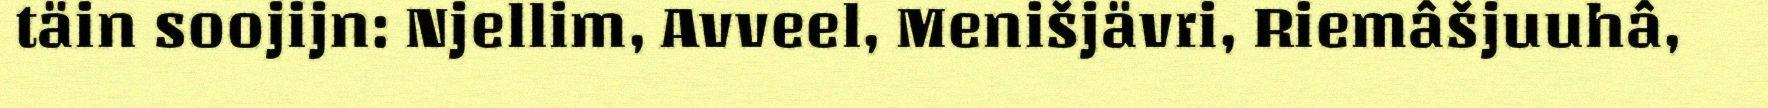
täin soojijn: Njellim, Avveel, Menišjävri, Riemâšjuuhâ,